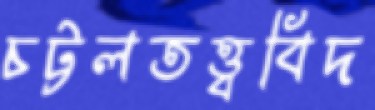
চট্টলতত্ত্ববিদ